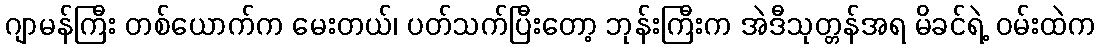
ဂျာမန်ကြီး တစ်ယောက်က မေးတယ်၊ ပတ်သက်ပြီးတော့ ဘုန်းကြီးက အဲဒီသုတ္တန်အရ မိခင်ရဲ့ ဝမ်းထဲက